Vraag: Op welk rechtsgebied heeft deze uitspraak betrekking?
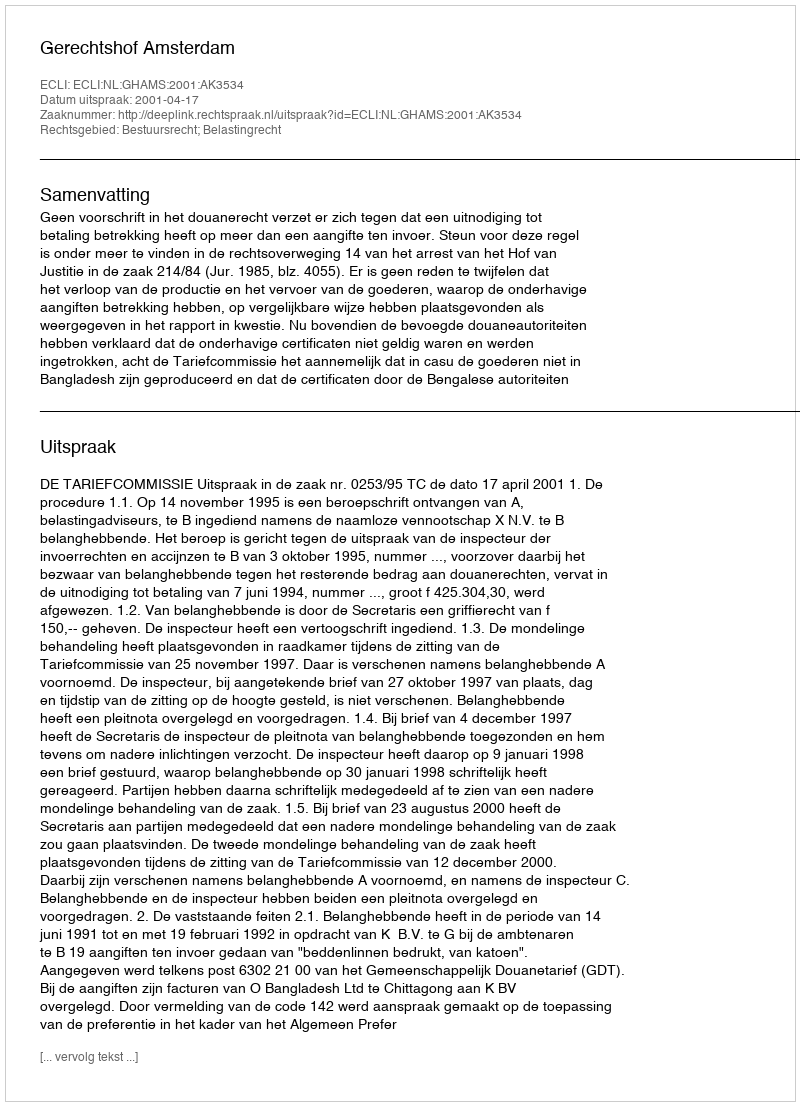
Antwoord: Bestuursrecht; Belastingrecht